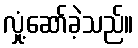
လှုံ့ဆော်ခဲ့သည်။